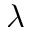
\lambda